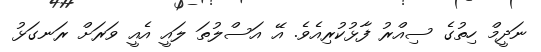
ނަދީމް ހިތުގެ ސިއްރު ފާޅުކުރިއެވެ. އޭ އަސްލުތަ ލައީ އެއީ ވަރަށް ރަނގަޅު